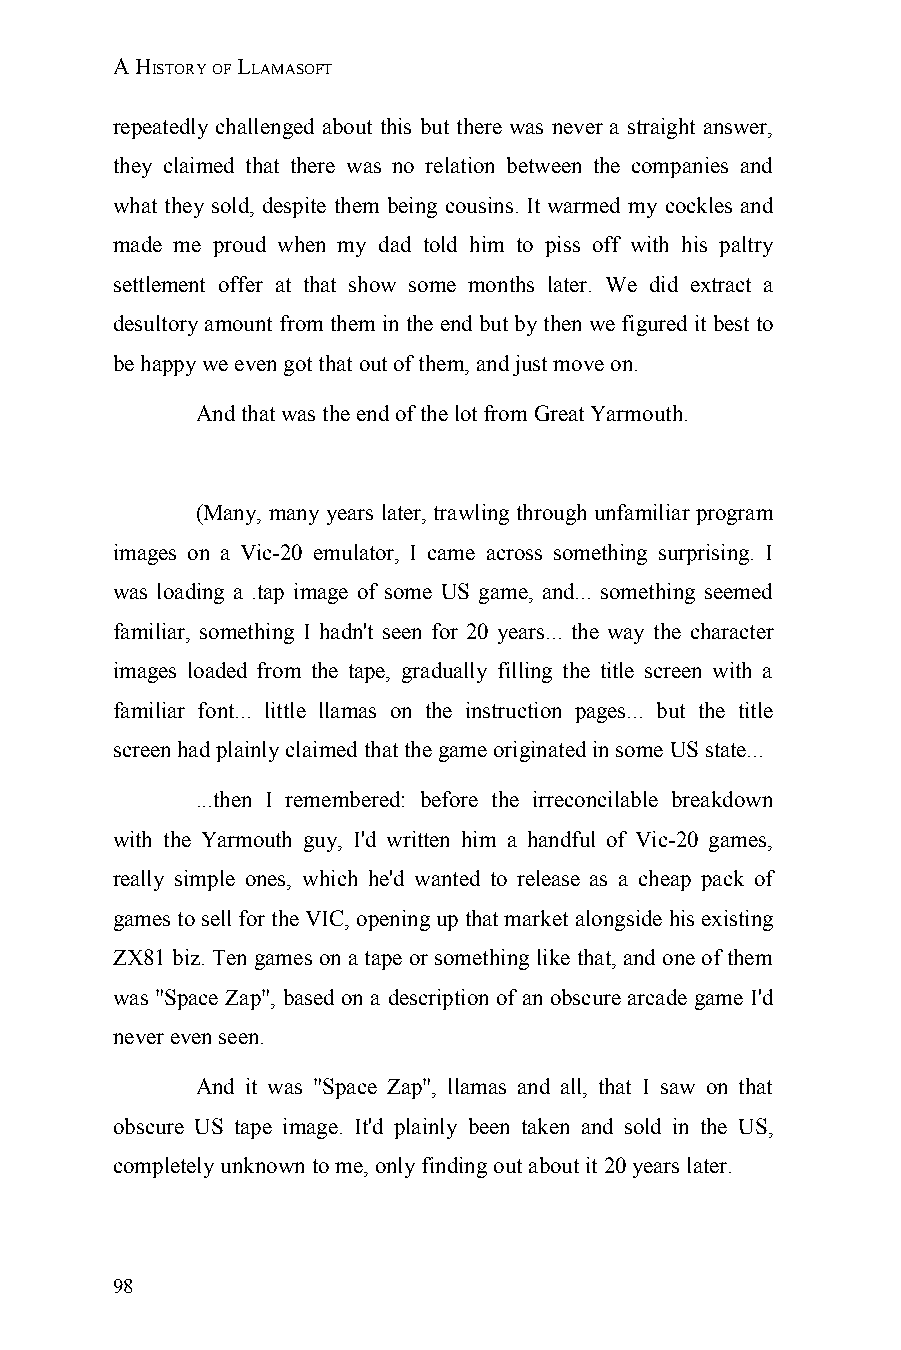
A HISTORY OF LLAMASOFT
 repeatedly challenged about this but there was never a straight answer,
 they claimed that there was no relation between the companies and
 what they sold, despite them being cousins. It warmed my cockles and
 made me proud when my dad told him to piss off with his paltry
 settlement offer at that show some months later. We did extract a
 desultory amount from them in the end but by then we figured it best to
 be happy we even got that out of them, and just move on.
 And that was the end of the lot from Great Yarmouth.
 (Many, many years later, trawling through unfamiliar program
 images on a Vic-20 emulator, I came across something surprising. I
 was loading a .tap image of some US game, and... something seemed
 familiar, something I hadn't seen for 20 years... the way the character
 images loaded from the tape, gradually filling the title screen with a
 familiar font... little llamas on the instruction pages... but the title
 screen had plainly claimed that the game originated in some US state...
 ...then I remembered: before the irreconcilable breakdown
 with the Yarmouth guy, I'd written him a handful of Vic-20 games,
 really simple ones, which he'd wanted to release as a cheap pack of
 games to sell for the VIC, opening up that market alongside his existing
 ZX81 biz. Ten games on a tape or something like that, and one of them
 was "Space Zap", based on a description of an obscure arcade game I'd
 never even seen.
 And it was "Space Zap", llamas and all, that I saw on that
 obscure US tape image. It'd plainly been taken and sold in the US,
 completely unknown to me, only finding out about it 20 years later.
 98